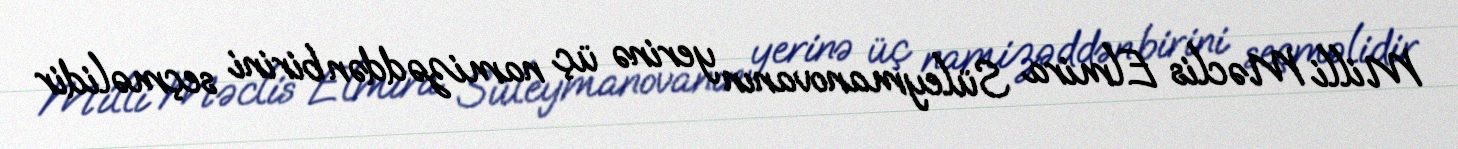
Milli Məclis Elmira Süleymanovanın yerinə üç namizəddən birini seçməlidir